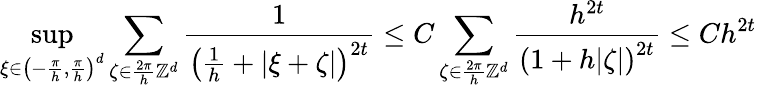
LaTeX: \operatorname*{sup}_{\xi\in\left(-\frac{\pi}{h},\frac{\pi}{h}\right)^{d}}\sum_{\zeta\in\frac{2\pi}{h}\mathbb{Z}^{d}}\frac{1}{\left(\frac 1h+|\xi+\zeta|\right)^{2t}}\le C\sum_{\zeta\in\frac{2\pi}{h}\mathbb{Z}^{d}}\frac{h^{2t}}{\left(1+h|\zeta|\right)^{2t}}\le Ch^{2t}